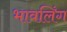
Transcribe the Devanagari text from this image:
भावलिंग